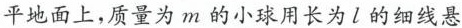
平地面上，质量为m的小球用长为l的细线悬